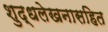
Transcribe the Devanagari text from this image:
शुद्धलेखनासहित